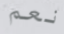
نعم